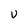
Character: U